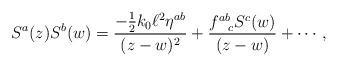
LaTeX: \begin{align*}S^{a}(z)S^{b}(w) = \frac{-\frac{1}{2} k_{0} \ell^{2} \eta^{ab}}{(z-w)^{2}} + \frac{f^{ab}_{~~c}S^{c}(w)}{(z-w)}+ \cdots,\end{align*}